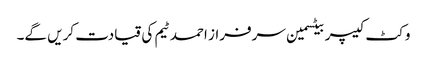
وکٹ کیپر بیٹسمین سرفراز احمد ٹیم کی قیادت کریں گے۔